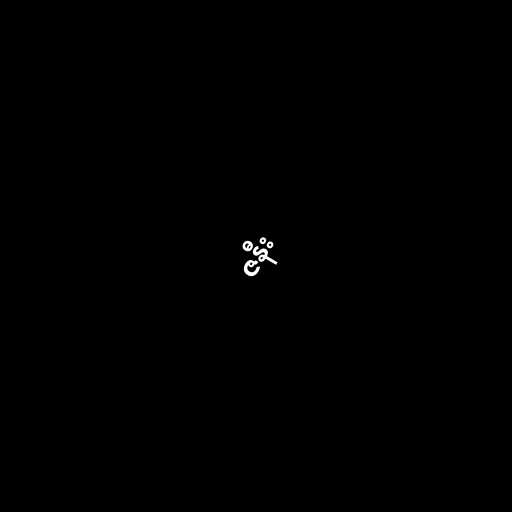
ဇနီး